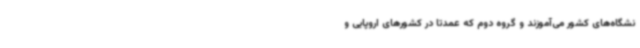
نشگاه‌های کشور می‌آموزند و گروه دوم که عمدتا در کشورهای اروپایی و